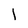
Character: I